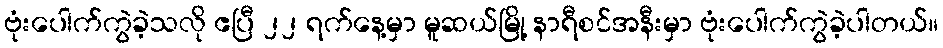
ဗုံးပေါက်ကွဲခဲ့သလို ဧပြီ ၂၂ ရက်နေ့မှာ မူဆယ်မြို့ နာရီစင်အနီးမှာ ဗုံးပေါက်ကွဲခဲ့ပါတယ်။